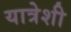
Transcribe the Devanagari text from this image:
यात्रेशी